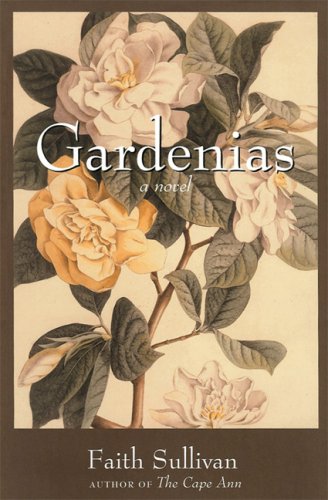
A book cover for Gardenias: A Novel; Faith Sullivan; Literature & Fiction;